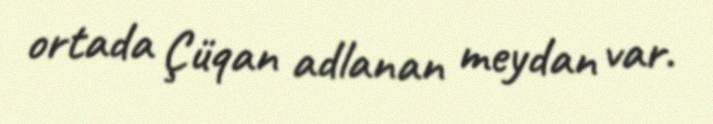
ortada Çüqan adlanan meydan var.